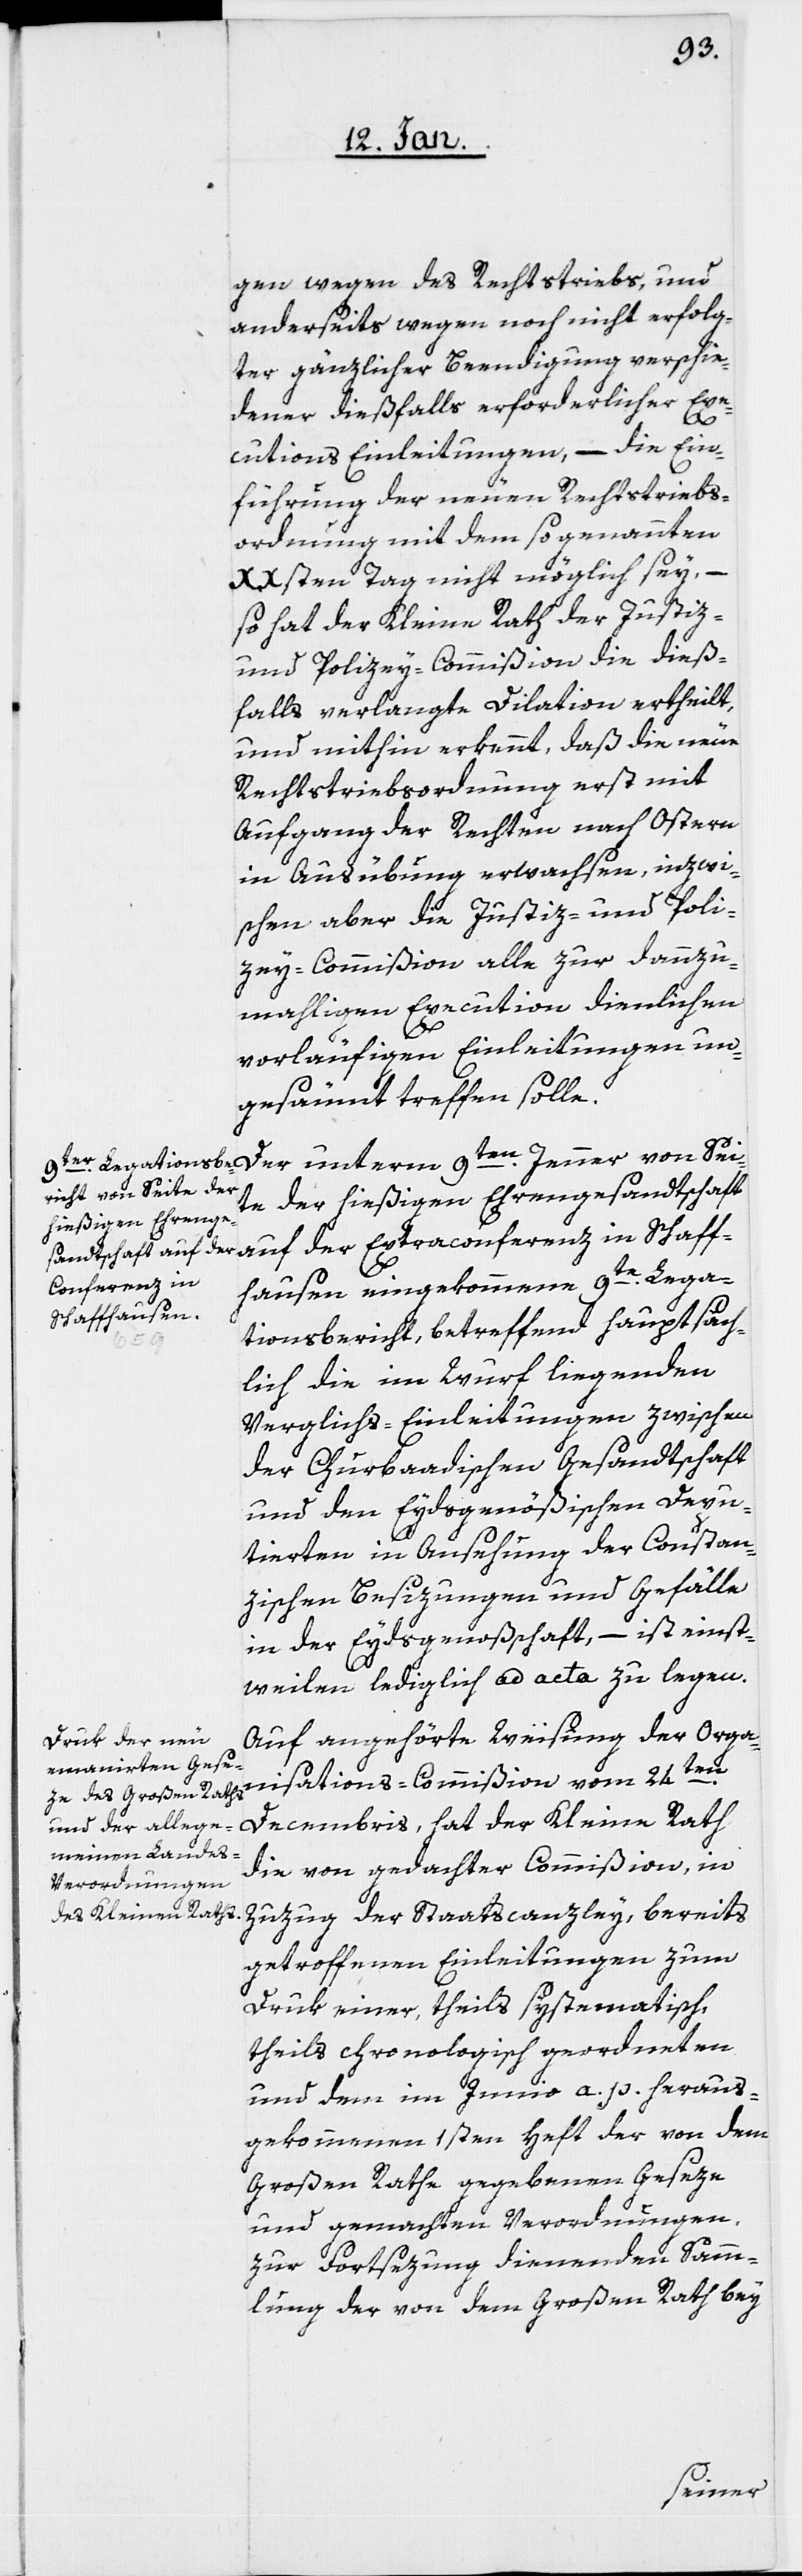
gen wegen des Rechtstriebs, und
anderseits wegen noch nicht erfolg¬
ter gänzlicher Beendigung verschie¬
dener dießfalls erforderlicher Exe¬
Scha¬
cutions Einleitungen, – die Ein¬
führung der neuen Rechtstriebs¬
ordnung mit dem sogenannten
XXsten Tag nicht möglich sey, –
so hat der Kleine Rath der Justiz-
und Polizey-Commißion die dieß¬
falls verlangte Dilation ertheilt,
und mithin erkennt, daß die neue
Rechtstriebsordnung erst mit
Aufgang der Rechten nach Ostern
in Ausübung erwachsen, inzwi¬
schen aber die Justiz- und Poli¬
zey-Commißion alle zur dannzu¬
mahligen Execution dienlichen
vorläufigen Einleitungen un¬
gesäumt treffen solle.
Der unterm 9ten. Jenner von Sei¬
te der hießigen Ehrengesandtschaft
der
conferenz in
ffhausen eingekommene, 9te. Lega¬
tionsbericht, betreffend hauptsäch¬
lich die im Wurf liegenden
Vergleichs-Einleitungen zwischen
der Churbaadischen Gesandtschaft
und den Eydsgenößischen Depu¬
tierten in Ansehung der Constan¬
zischen Besizungen und Gefälle
in der Eydsgenoßschaft, – ist einst¬
weilen lediglich ad acta zu legen.
Auf angehörte Weisung der Orga¬
nisations-Commißion vom 24sten.
Decembris, hat der Kleine Rath
die von gedachter Commißion, in
Zuzug der Staatscanzley, bereits
getroffenen Einleitungen zum
Druk einer, theils systematisch,
theils chronologisch geordneten
und dem im Junio a. p. heraus¬
gekommenen 1sten Heft der von dem
Großen Rathe gegebenen Geseze
und gemachten Verordnungen,
zur Fortsezung dienenden Samm¬
lung der von dem Großen Rath bey